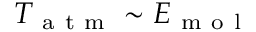
T _ { \mathrm { ~ a ~ t ~ m ~ } } \sim E _ { \mathrm { ~ m ~ o ~ l ~ } }